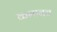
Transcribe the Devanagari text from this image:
कमानच